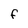
Character: F